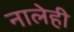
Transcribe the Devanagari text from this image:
नालेही